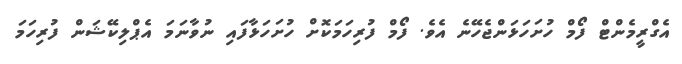
އެގްރީމެންޓް ފޯމް ހުށަހަޅަންޖެހޭނެ އެވެ. ފޯމް ފުރިހަމަކޮށް ހުށަހަޅާފައި ނުވާނަމަ އެޕްލިކޭޝަން ފުރިހަމަ